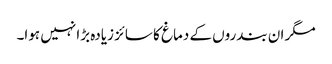
مگر ان بندروں کے دماغ کا سائز زیادہ بڑا نہیں ہوا۔